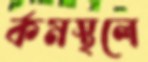
র্কমস্থলে